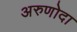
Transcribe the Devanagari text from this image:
अरुणोदा